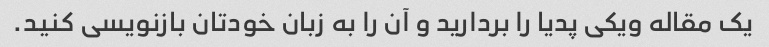
یک مقاله ویکی پدیا را بردارید و آن را به زبان خودتان بازنویسی کنید.